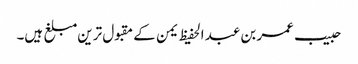
حبیب عمر بن عبد الحفیظ یمن کے مقبول ترین مبلغ ہیں۔